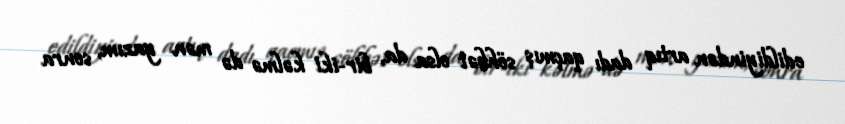
edildiyindən artıq dadı qaçmış söhbət olsa da, bir-iki kəlmə də mən yazım, sonra